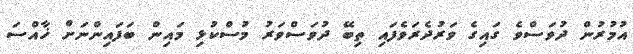
އުމުރުން ދުވަސްވެ ގައިގެ ވަރުދެރަވެފައި ތިބޭ ދުވަސްވަރު މުސްކުޅި މައިން ބަފައިންނަށް ޚާއްސަ